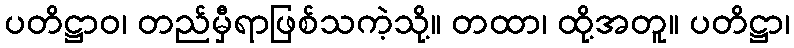
ပတိဋ္ဌာဝ၊ တည်မှီရာဖြစ်သကဲ့သို့။ တထာ၊ ထို့အတူ။ ပတိဋ္ဌာ၊